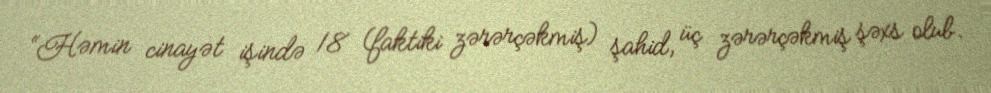
“Həmin cinayət işində 18 (faktiki zərərçəkmiş) şahid, üç zərərçəkmiş şəxs olub.